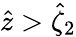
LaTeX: \hat{z}>\hat{\zeta}_{2}